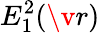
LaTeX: E_{1}^{2}(\v r)